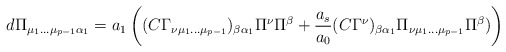
\begin{align*}d\Pi_{\mu_1 \dots \mu_{p-1} \alpha_1} = a_1 \left((C \Gamma_{\nu\mu_1 \dots \mu_{p-1}})_{\beta \alpha_1} \Pi^\nu \Pi^\beta+ {a_s \over a_0} (C\Gamma^\nu)_{\beta \alpha_1} \Pi_{\nu \mu_1\dots \mu_{p-1}} \Pi^\beta)\right)\end{align*}